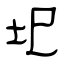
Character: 圯